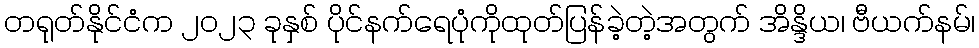
တရုတ်နိုင်ငံက ၂၀၂၃ ခုနှစ် ပိုင်နက်ရေပုံကိုထုတ်ပြန်ခဲ့တဲ့အတွက် အိန္ဒိယ၊ ဗီယက်နမ်၊